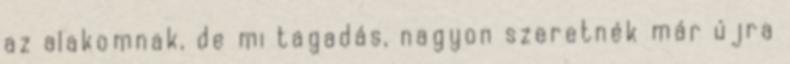
az alakomnak, de mi tagadás, nagyon szeretnék már újra